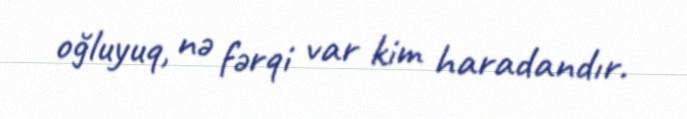
oğluyuq, nə fərqi var kim haradandır.